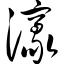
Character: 濠